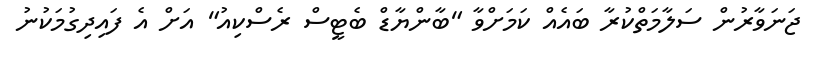
ޖަނަވާރުން ސަލާމަތްކުރާ ބައެއް ކަމަށްވާ "ބާންޔާޑް ބެޓީސް ރެސްކިއު" އަށް އެ ފައިދިގުމަކުނު